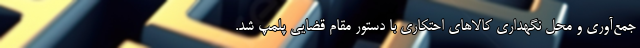
جمع‌آوری و محل نگهداری کالاهای احتکاری با دستور مقام قضایی پلمپ شد.